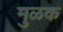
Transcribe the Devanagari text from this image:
मुळक